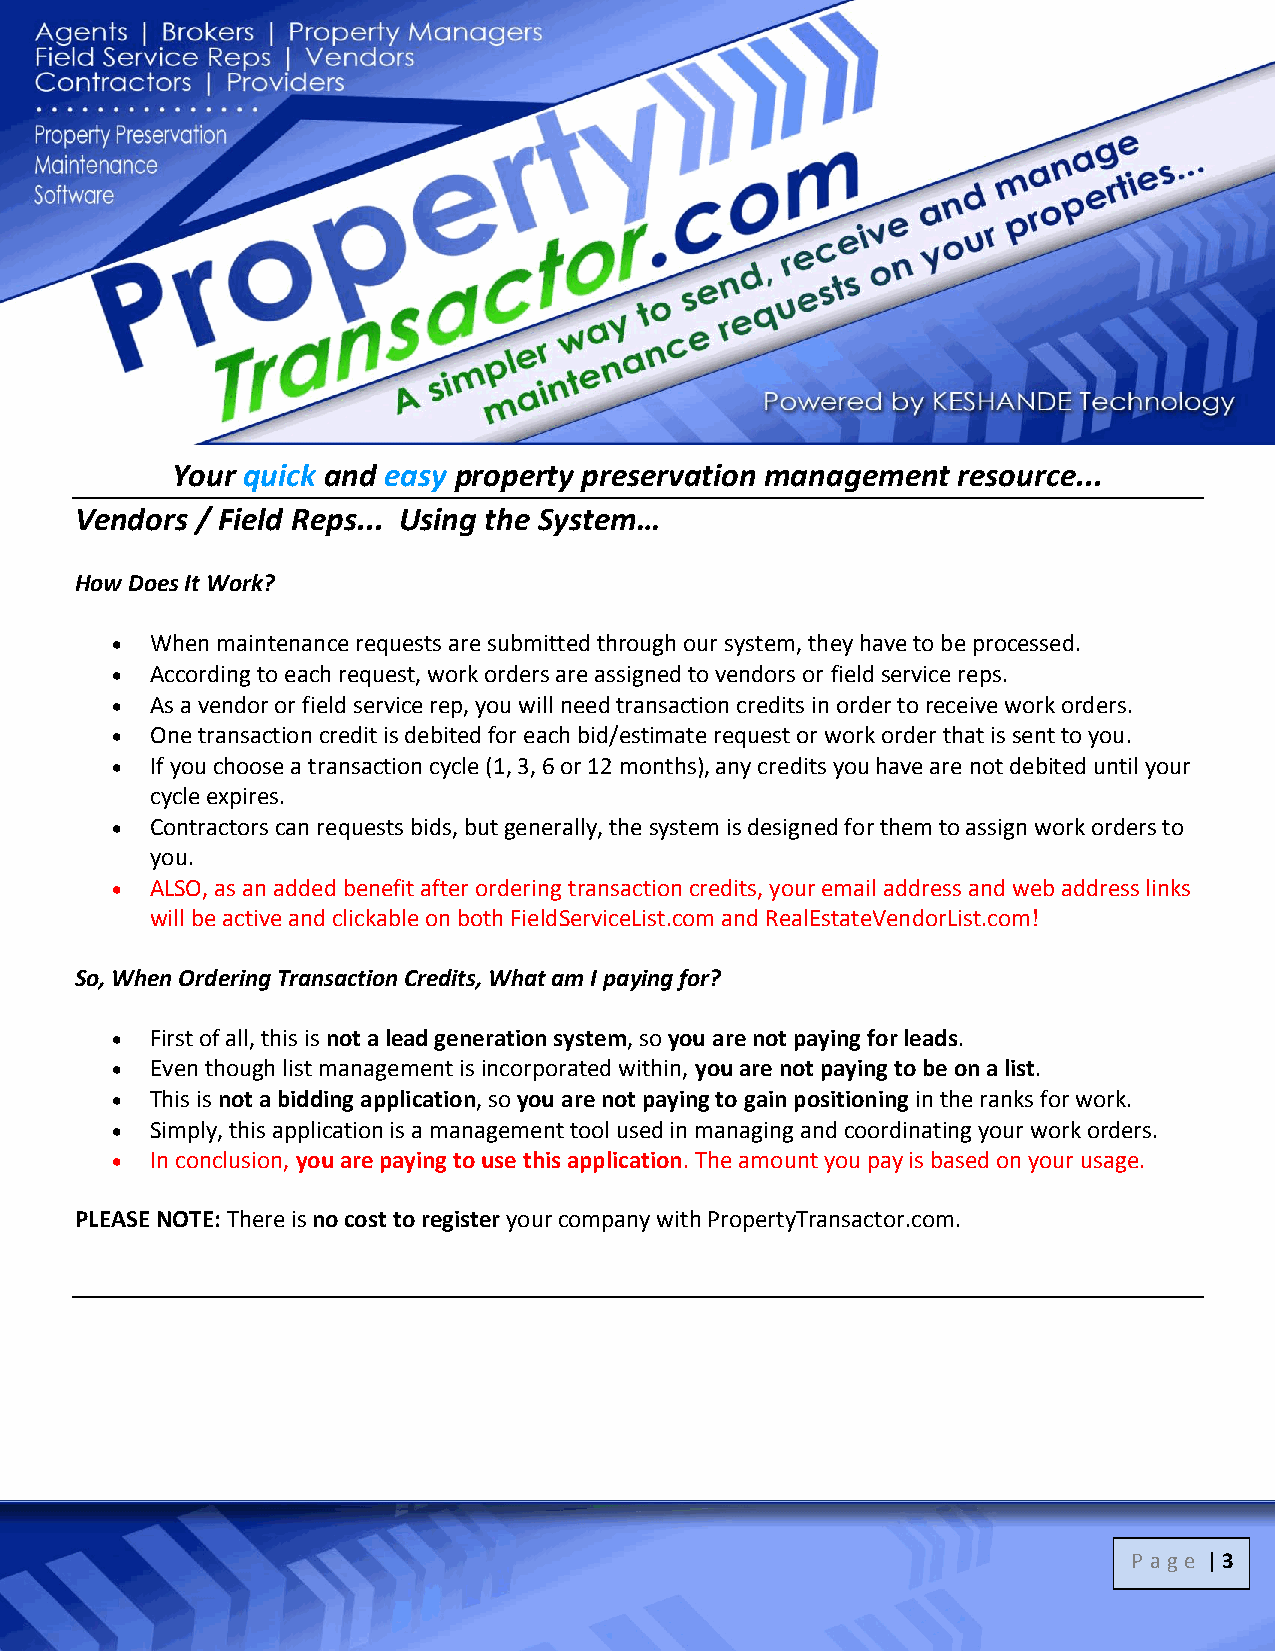
Your quick and easy property preservation management resource...
 Vendors / Field Reps... Using the System…
 How Does It Work?
   When maintenance requests are submitted through our system, they have to be processed.
   According to each request, work orders are assigned to vendors or field service reps.
   As a vendor or field service rep, you will need transaction credits in order to receive work orders.
   One transaction credit is debited for each bid/estimate request or work order that is sent to you.
   If you choose a transaction cycle (1, 3, 6 or 12 months), any credits you have are not debited until your
 cycle expires.
   Contractors can requests bids, but generally, the system is designed for them to assign work orders to
 you.
   ALSO, as an added benefit after ordering transaction credits, your email address and web address links
 will be active and clickable on both FieldServiceList.com and RealEstateVendorList.com!
 So, When Ordering Transaction Credits, What am I paying for?
   First of all, this is not a lead generation system, so you are not paying for leads.
   Even though list management is incorporated within, you are not paying to be on a list.
   This is not a bidding application, so you are not paying to gain positioning in the ranks for work.
   Simply, this application is a management tool used in managing and coordinating your work orders.
   In conclusion, you are paying to use this application. The amount you pay is based on your usage.
 PLEASE NOTE: There is no cost to register your company with PropertyTransactor.com.
 P age | 3